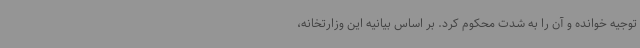
توجیه خوانده و آن را به شدت محکوم کرد. بر اساس بیانیه این وزارتخانه،